Report on vaccination in Madras 1904-1921 - 1904-1921
Year: 1904
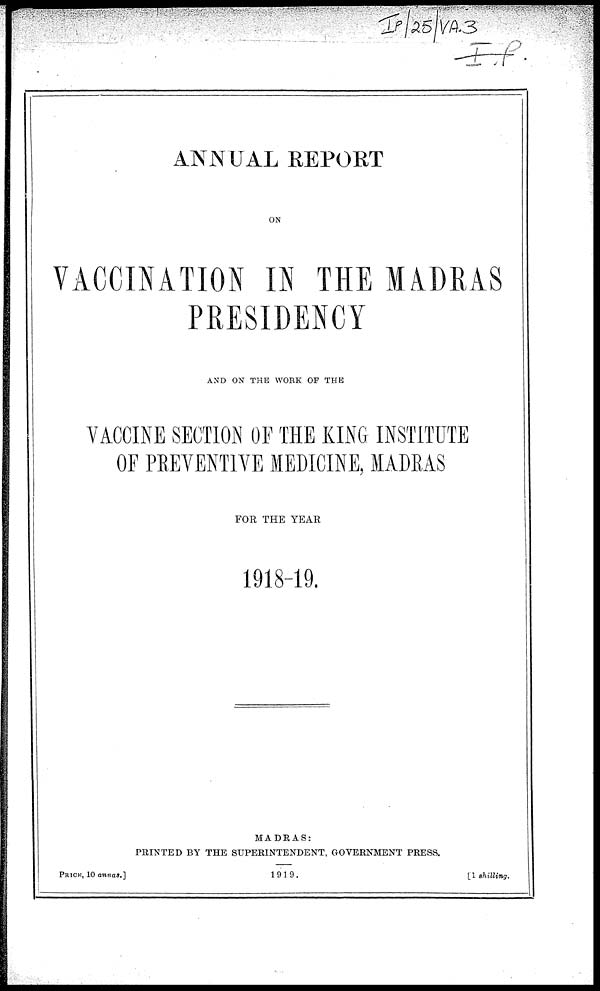
ANNUAL REPORT
ON
VACCINATION IN THE MADRAS
PRESIDENCY
AND ON THE WORK OF THE
VACCINE SECTION OF THE KING INSTITUTE
OF PREVENTIVE MEDICINE, MADRAS
FOR THE YEAR
1918-19.
MADRAS:
PRINTED BY THE SUPERINTENDENT, GOVERNMENT PRESS.
PRICE, 10 annas.]
1919.
[1 shilling.